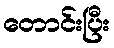
တောင်းပြီး